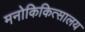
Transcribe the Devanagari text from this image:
मनोकिकित्सालय